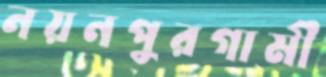
নয়নপুরগামী